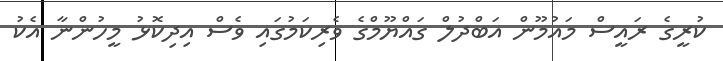
ކުރީގެ ރައީސް މައުމޫން އަބްދުލް ގައްޔޫމްގެ ވެރިކަމުގައި ވެސް އިދިކޮޅު މީހުންނާ އެކު